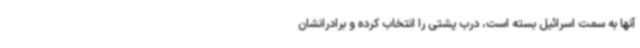
آنها به سمت اسرائیل بسته است، درب پشتی را انتخاب کرده و برادرانشان